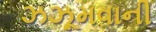
ઝઝૂમવાની